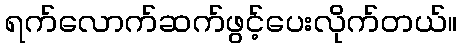
ရက်လောက်ဆက်ဖွင့်ပေးလိုက်တယ်။